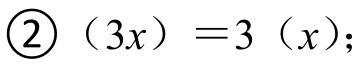
\textcircled{2}\((3x)=3(x)\);